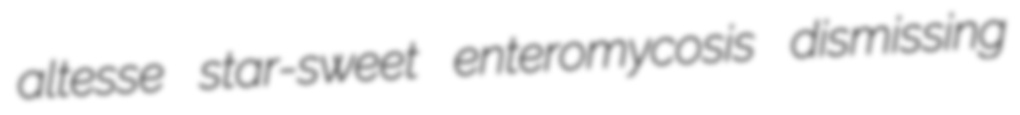
altesse star-sweet enteromycosis dismissing